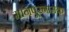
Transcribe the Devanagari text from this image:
मानपूरनामक